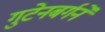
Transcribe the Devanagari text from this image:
गुटेनबर्गने